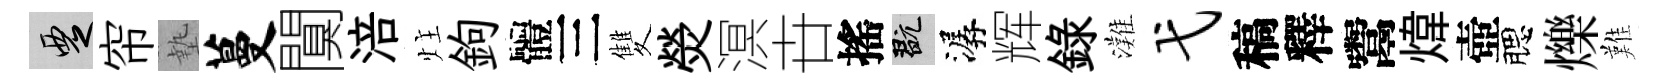
覂帘墊蔓闃涪炷鉤體三雙熒溟卋搖玩潺辉録灘弋稿釋鬻煒壺腮爍難